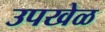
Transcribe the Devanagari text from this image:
उपखेळ